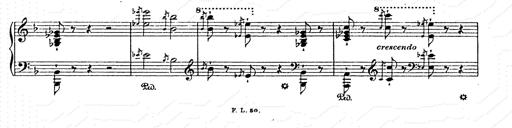
Title: AnnÃ©es de pÃ¨lerinage II
Composer: Franz Liszt